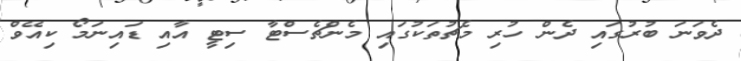
ދެވަނަ ބުރުގައި ދެން ހުރި މެޗުތަކުގައި މެންޗެސްޓާ ސިޓީ އާއި ޑައިނަމޯ ކިއޭވް